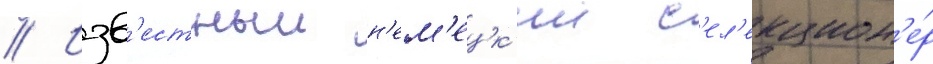
// Изв'естныи н'ем'ецк'ии с'ел'екцион'е́р